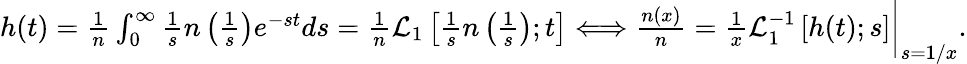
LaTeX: \begin{array}{r}{h(t)=\frac{1}{n}\int_{0}^{\infty}\frac{1}{s}n\left(\frac{1}{s}\right)e^{-st}ds=\frac{1}{n}\mathcal{L}_{1}\left[\frac{1}{s}n\left(\frac{1}{s}\right);t\right]\Longleftrightarrow\frac{n(x)}{n}=\frac{1}{x}\mathcal{L}_{1}^{-1}\left[h(t);s\right]\bigg|_{s=1/x}.}\end{array}